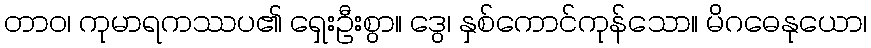
တာဝ၊ ကုမာရကဿပ၏ ရှေးဦးစွာ။ ဒွေ၊ နှစ်ကောင်ကုန်သော။ မိဂဓေနုယော၊